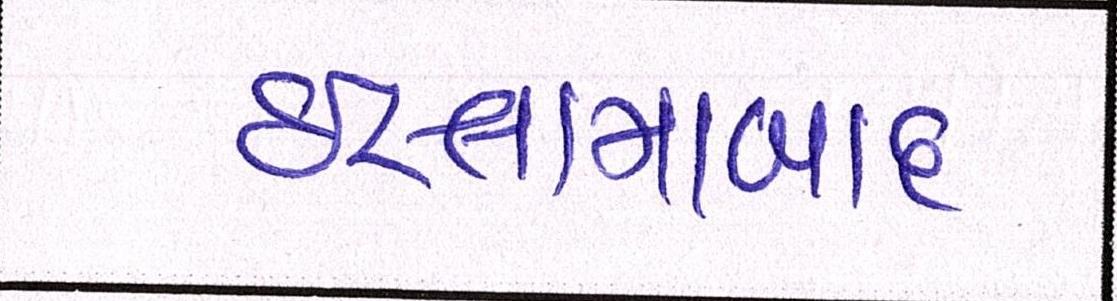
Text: ઇસ્લામાબાદ